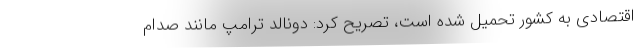
اقتصادی به کشور تحمیل شده است، تصریح کرد: دونالد ترامپ مانند صدام